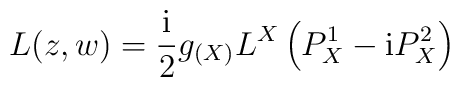
L(z,w)=\frac{\rm i}{2}g_{(X)}L^{X} \left( P^1_{X} - {\rm i}P^2_{X}\right)